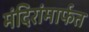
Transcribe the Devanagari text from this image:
मंदिरांमार्फत